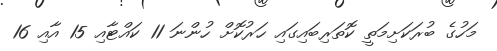
މަހުގެ ބުރަކަށިމަތީ ކޮތަރިބައިގައި ހަރުކޮށް ހުންނަ 11 ކައްޓާއި 15 އާއި 16